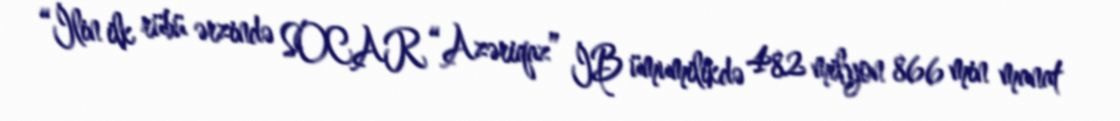
“İlin ilk rübü ərzində SOCAR “Azəriqaz” İB ümumilikdə 482 milyon 866 min manat